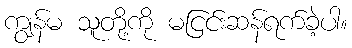
ကျွန်မ သူတို့ကို မငြင်းဆန်ရက်ခဲ့ပါ။